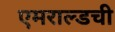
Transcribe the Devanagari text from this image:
एमराल्डची